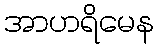
အာဟရိမေန